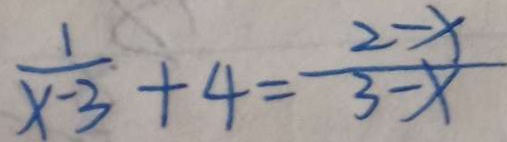
\frac { 1 } { x - 3 } + 4 = \frac { 2 - x } { 3 - x }